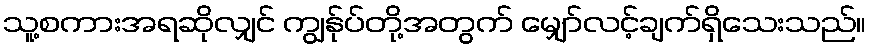
သူ့စကားအရဆိုလျှင် ကျွန်ုပ်တို့အတွက် မျှော်လင့်ချက်ရှိသေးသည်။